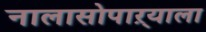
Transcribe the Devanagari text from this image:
नालासोपाऱ्याला